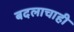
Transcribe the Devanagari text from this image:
बदलाचाही